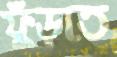
ফুঁড়তে